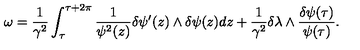
\omega = \frac { 1 } { \gamma ^ { 2 } } \int _ { \tau } ^ { \tau + 2 \pi } \frac { 1 } { \psi ^ { 2 } ( z ) } \delta \psi ^ { \prime } ( z ) \wedge \delta \psi ( z ) d z + \frac { 1 } { \gamma ^ { 2 } } \delta \lambda \wedge \frac { \delta \psi ( \tau ) } { \psi ( \tau ) } .